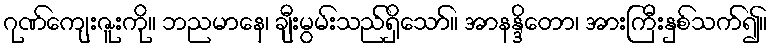
ဂုဏ်ကျေးဇူးကို။ ဘညမာနေ၊ ချီးမွမ်းသည်ရှိသော်။ အာနန္ဒိတော၊ အားကြီးနှစ်သက်၍။